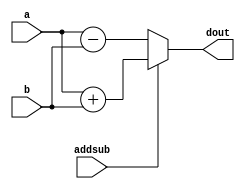
module adder (dout, a, b, addsub);

input [15:0]a,b;
input addsub;

output reg [15:0]dout;

always@(*)
begin
    if (addsub == 0)
    dout = a - b;

    else 
    dout = a+b;
end
    
endmodule